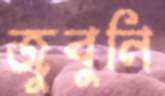
জুবুনি